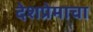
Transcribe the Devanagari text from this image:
देशप्रेमाचा